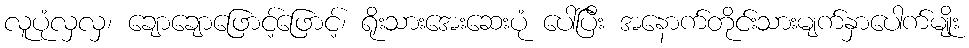
လူပုံလှလှ၊ ချောချောဖြောင့်ဖြောင့်၊ ရိုးသားအေးဆေးပုံ ပေါ်ပြီး အနောက်တိုင်းသားမျက်နှာပေါက်မျိုး